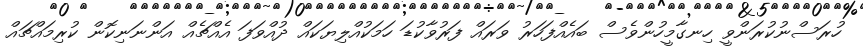
ހުރަސްނުކުރަންވީ ހިނގާމީހުންވެސް ބައެއްފަހަރު ވަރައް ފަރުވާކުޑަ ހަމަކުއްލިޔަކައް ދުއްވަފަ އެއްޗެއް އަންނަނިކޮން ކުރިމައްޗައް